Annual administration report of the Bombay Presidency - 1887-1892
Year: 1887
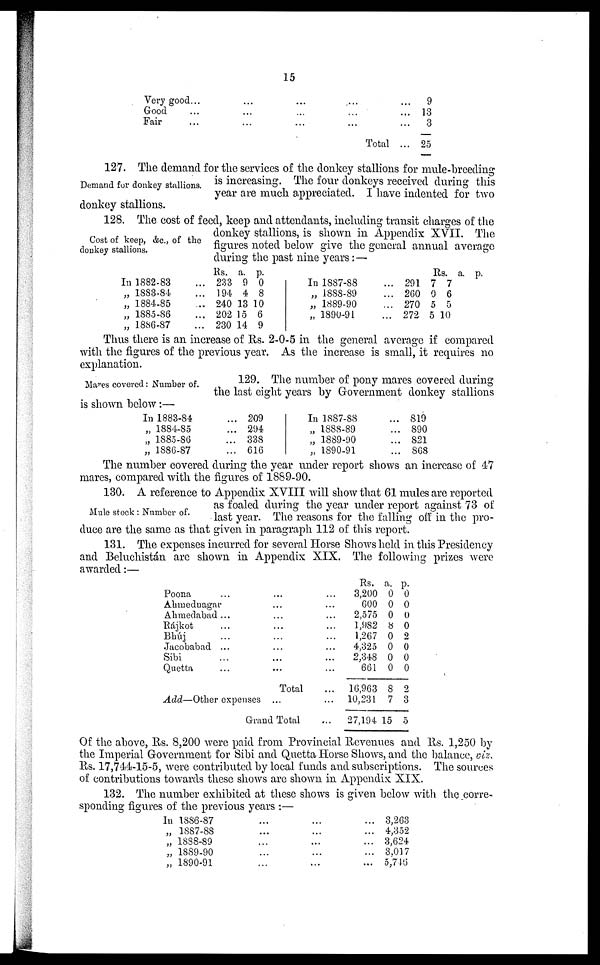
15
Very good...
Good ...
Fair ...
...
...
...
...
...
...
...
...
...
...
...
...
Total ...
9
13
3
25
Demand for donkey stallions.
127. The demand for the services of the donkey stallions for mule-breeding
is increasing. The four donkeys received during this
year are much appreciated. I have indented for two
donkey stallions.
Cost of keep, &c., of the
donkey stallions.
128. The cost of feed, keep and attendants, including transit charges of the
donkey stallions, is shown in Appendix XVII. The
figures noted below give the general annual average
during the past nine years:—
In 1882-83
„ 1883-84 ...
„ 1884-85 ...
„ 1885-86 ...
„ 1886-87 ...
Rs.
233
194
240
202
230
a.
9
4
13
15
14
P.
0
8
10
6
9
In 1887-88 ...
„ 1888-89 ...
„ 1889-90 ...
„ 1890-91 ...
291
260
270
272
Rs.
7
0
5
5
a.
7
6
5
10
P.
Thus there is an increase of Rs. 2-0-5 in the general average if compared
with the figures of the previous year. As the increase is small, it requires no
explanation.
Mares covered: Number of.
129. The number of pony mares covered during
the last eight years by Government donkey stallions
is shown below:—
In 1883-84 ...
„ 1884-85 ...
„ 1885-86 ...
„ 1886-87 ...
209
294
338
616
In 1887-88 ...
„ 1888-89 ...
„ 1889-90 ...
„ 1890-91 ...
819
890
821
868
The number covered during the year under report shows an increase of 47
mares, compared with the figures of 1889-90.
Mule stock: Number of.
130. A reference to Appendix XVIII will show that 61 mules are reported
as foaled during the year under report against 73 of
last year. The reasons for the falling off in the pro-
duce are the same as that given in paragraph 112 of this report.
131. The expenses incurred for several Horse Shows held in this Presidency
and Beluchistán are shown in Appendix XIX. The following prizes were
awarded:—
Poona ... ...
Ahmednagar ... ...
Ahmedabad ... ...
Rájkot ... ...
Bhúj ... ...
Jacobabad ... ...
Sibi ... ...
Quetta ... ...
Total
Add—Other expenses ...
Grand Total
...
...
...
...
...
...
...
...
...
...
...
Rs.
3,200
600
2,575
1,982
1,267
4,325
2,348
661
16,963
10,231
27,194
a.
0
0
0
8
0
0
0
0
8
7
15
p.
0
0
0
0
2
0
0
0
2
3
5
Of the above, Rs. 8,200 were paid from Provincial Revenues and Rs. 1,250 by
the Imperial Government for Sibi and Quetta Horse Shows, and the balance, viz.
RS.17,744-15-5, were contributed by local funds and subscriptions. The sources
of contributions towards these shows are shown in Appendix XIX.
132. The number exhibited at these shows is given below with the corre-
sponding figures of the previous years :—
In 1886-87
„ 1887-88
„ 1888-89
„ 1889-90
„ 1890-91
...
...
...
...
...
...
...
...
...
...
...
...
...
...
...
3,263
4,352
3,624
3,017
5,746